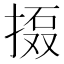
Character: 𱠗